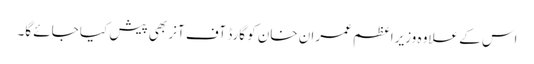
اس کے علاوہ وزیراعظم عمران خان کو گارڈ آف آنر بھی پیش کیا جائے گا۔